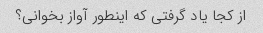
از کجا یاد گرفتی که اینطور آواز بخوانی؟